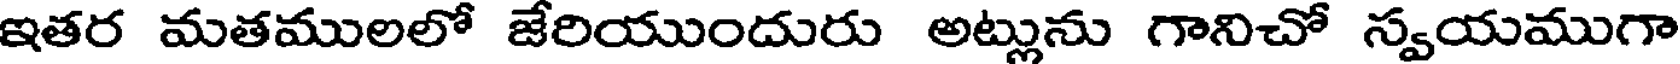
ఇతర మతములలో జేరియుందురు అట్లును గానిచో స్వయముగా